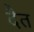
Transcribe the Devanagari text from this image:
दैत